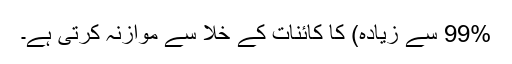
99% سے زیادہ) کا کائنات کے خلا سے موازنہ کرتی ہے۔